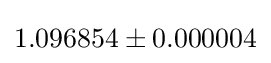
1.096854\pm 0.000004